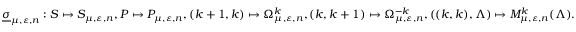
\underline { { \sigma } } _ { \mu , \varepsilon , n } : S \mapsto S _ { \mu , \varepsilon , n } , P \mapsto P _ { \mu , \varepsilon , n } , ( k + 1 , k ) \mapsto \Omega _ { \mu , \varepsilon , n } ^ { k } , ( k , k + 1 ) \mapsto \Omega _ { \mu , \varepsilon , n } ^ { - k } , ( ( k , k ) , \Lambda ) \mapsto M _ { \mu , \varepsilon , n } ^ { k } ( \Lambda ) .